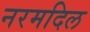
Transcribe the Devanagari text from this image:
नरमदिल